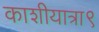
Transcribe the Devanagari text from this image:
काशीयात्रा९